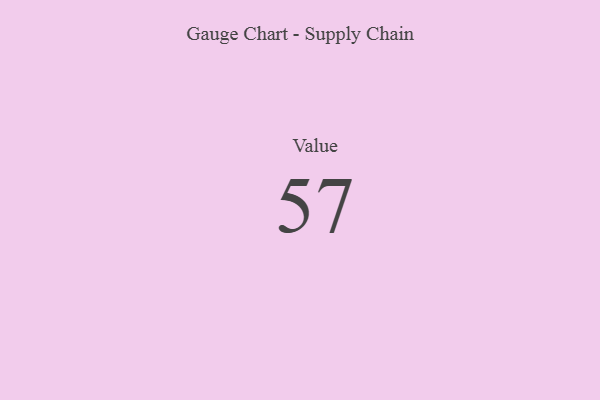
{"axis": {"x": "Metric", "y": "Value"}, "legend": [""], "data": [{"x": "Value", "y": 57, "type": ""}]}